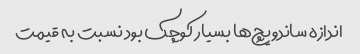
اندازه ساندویچ‌ها بسیار کوچک بود نسبت به قیمت